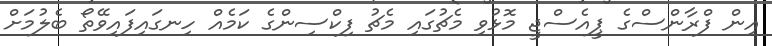
އިން ފްރާންސްގެ ޕީއެސްޖީ މޮޅުވި މެޗުގައި މެޗު ފިކްސިންގެ ކަމެއް ހިނގައިފައިވޭތޯ ބެލުމަށް